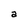
Character: a